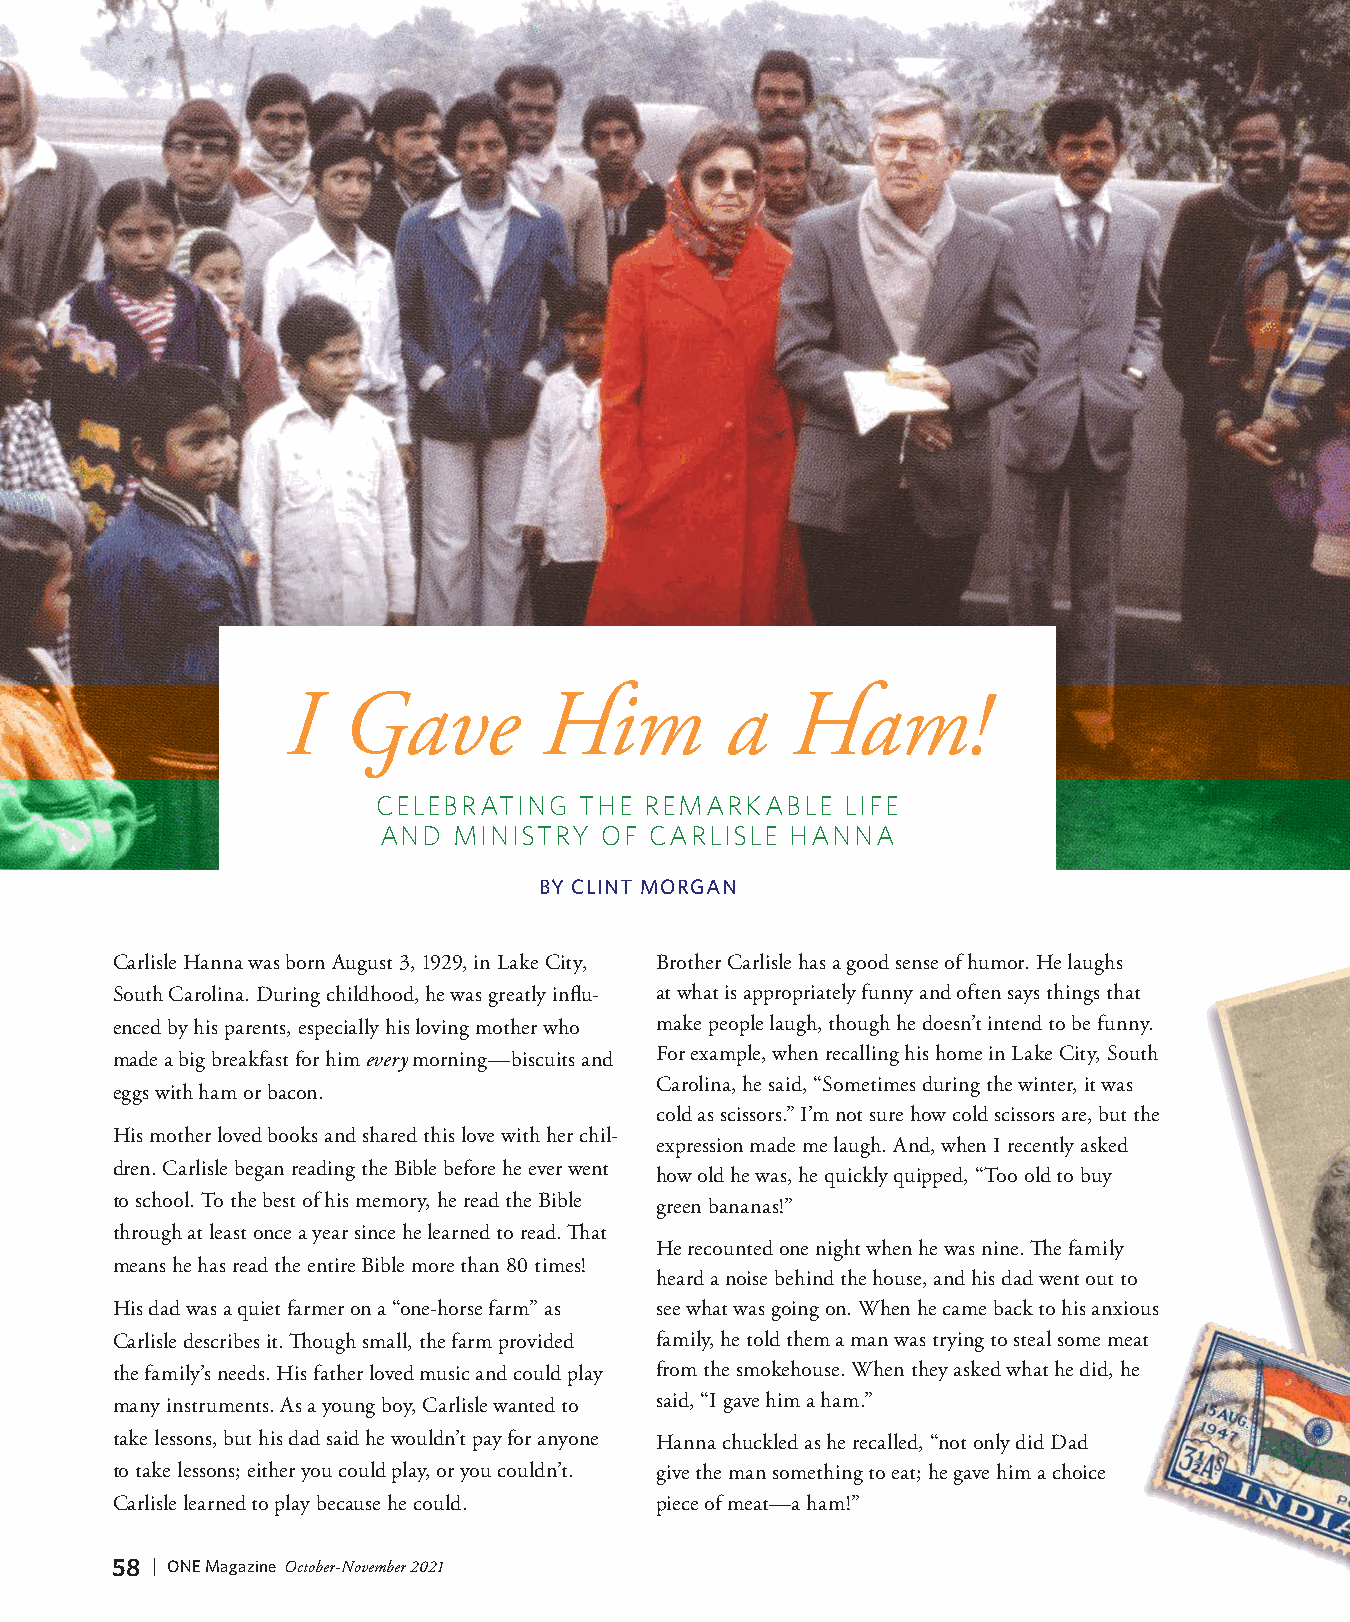
I   Gave         Him         a   Ham!
 CELEBRATING  THE  REMARKABLE   LIFE
 AND  MINISTRY  OF CARLISLE HANNA
 BY CLINT MORGAN
 Carlisle Hanna was born August 3, 1929, in Lake City, Brother Carlisle has a good sense of humor. He laughs
 South Carolina. During childhood, he was greatly influ- at what is appropriately funny and often says things that
 enced by his parents, especially his loving mother who make people laugh, though he doesn’t intend to be funny.
 made a big breakfast for him every morning—biscuits and For example, when recalling his home in Lake City, South
 Carolina, he said, “Sometimes during the winter, it was
 eggs with ham or bacon.
 cold as scissors.” I’m not sure how cold scissors are, but the
 His mother loved books and shared this love with her chil-
 expression made me laugh. And, when I recently asked
 dren. Carlisle began reading the Bible before he ever went
 how old he was, he quickly quipped, “Too old to buy
 to school. To the best of his memory, he read the Bible green bananas!”
 through at least once a year since he learned to read. That
 He recounted one night when he was nine. The family
 means he has read the entire Bible more than 80 times!
 heard a noise behind the house, and his dad went out to
 His dad was a quiet farmer on a “one-horse farm” as see what was going on. When he came back to his anxious
 Carlisle describes it. Though small, the farm provided family, he told them a man was trying to steal some meat
 the family’s needs. His father loved music and could play from the smokehouse. When they asked what he did, he
 many instruments. As a young boy, Carlisle wanted to said, “I gave him a ham.”
 take lessons, but his dad said he wouldn’t pay for anyone Hanna chuckled as he recalled, “not only did Dad
 to take lessons; either you could play, or you couldn’t. give the man something to eat; he gave him a choice
 Carlisle learned to play because he could. piece of meat—a ham!”
 58 | ONE Magazine October-November 2021